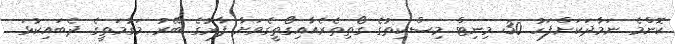
ކޮންމެ ނަމާދަކަށްފަހު 30 މިނިޓް މިސްކިތުގެ ގޯތިތެރެއާއިގޯތީގެވަށާ ފާރުގެ ބޭރު މަގުމަތީގެ ދެބައިކުޅަ